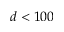
d < 1 0 0